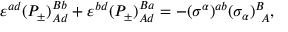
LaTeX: \varepsilon ^ { a d } ( P _ { \pm } ) _ { A d } ^ { B b } + \varepsilon ^ { b d } ( P _ { \pm } ) _ { A d } ^ { B a } = - ( \sigma ^ { \alpha } ) ^ { a b } ( \sigma _ { \alpha } ) _ { ~ A } ^ { B } , \,